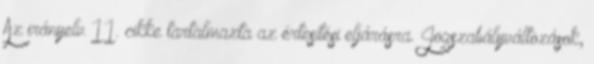
Az irányelv 11. cikke tartalmazta az értesítési eljárásra. Jogszabályváltozások,